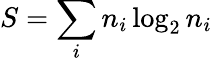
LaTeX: S=\sum_{i}n_{i}\log_{2}n_{i}